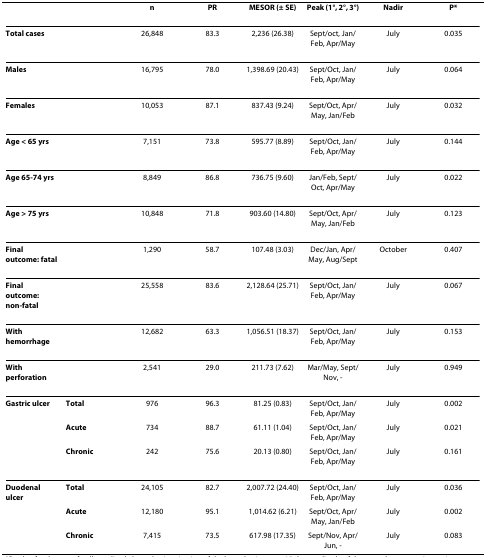
<table><thead><tr><td></td><td></td><td><b>n</b></td><td><b>PR</b></td><td><b>MESOR (± SE)</b></td><td><b>Peak (1°, 2°, 3°)</b></td><td><b>Nadir</b></td><td><b>P*</b></td></tr></thead><tbody><tr><td><b>Total cases</b></td><td></td><td>26,848</td><td>83.3</td><td>2,236 (26.38)</td><td>Sept/oct, Jan/Feb, Apr/May</td><td>July</td><td>0.035</td></tr><tr><td><b>Males</b></td><td></td><td>16,795</td><td>78.0</td><td>1,398.69 (20.43)</td><td>Sept/Oct, Jan/Feb, Apr/May</td><td>July</td><td>0.064</td></tr><tr><td><b>Females</b></td><td></td><td>10,053</td><td>87.1</td><td>837.43 (9.24)</td><td>Sept/Oct, Apr/May, Jan/Feb</td><td>July</td><td>0.032</td></tr><tr><td><b>Age &lt; 65 yrs</b></td><td></td><td>7,151</td><td>73.8</td><td>595.77 (8.89)</td><td>Sept/Oct, Jan/Feb, Apr/May</td><td>July</td><td>0.144</td></tr><tr><td><b>Age 65-74 yrs</b></td><td></td><td>8,849</td><td>86.8</td><td>736.75 (9.60)</td><td>Jan/Feb, Sept/Oct, Apr/May</td><td>July</td><td>0.022</td></tr><tr><td><b>Age &gt; 75 yrs</b></td><td></td><td>10,848</td><td>71.8</td><td>903.60 (14.80)</td><td>Sept/Oct, Apr/May, Jan/Feb</td><td>July</td><td>0.123</td></tr><tr><td><b>Final outcome: fatal</b></td><td></td><td>1,290</td><td>58.7</td><td>107.48 (3.03)</td><td>Dec/Jan, Apr/May, Aug/Sept</td><td>October</td><td>0.407</td></tr><tr><td><b>Final outcome: non-fatal</b></td><td></td><td>25,558</td><td>83.6</td><td>2,128.64 (25.71)</td><td>Sept/Oct, Jan/Feb, Apr/May</td><td>July</td><td>0.067</td></tr><tr><td><b>With hemorrhage</b></td><td></td><td>12,682</td><td>63.3</td><td>1,056.51 (18.37)</td><td>Sept/Oct, Jan/Feb, Apr/May</td><td>July</td><td>0.153</td></tr><tr><td><b>With perforation</b></td><td></td><td>2,541</td><td>29.0</td><td>211.73 (7.62)</td><td>Mar/May, Sept/Nov, -</td><td>July</td><td>0.949</td></tr><tr><td><b>Gastric ulcer</b></td><td><b><i>Total</i></b></td><td>976</td><td>96.3</td><td>81.25 (0.83)</td><td>Sept/Oct, Jan/Feb, Apr/May</td><td>July</td><td>0.002</td></tr><tr><td></td><td><b><i>Acute</i></b></td><td>734</td><td>88.7</td><td>61.11 (1.04)</td><td>Sept/Oct, Jan/Feb, Apr/May</td><td>July</td><td>0.021</td></tr><tr><td></td><td><b><i>Chronic</i></b></td><td>242</td><td>75.6</td><td>20.13 (0.80)</td><td>Sept/Oct, Jan/Feb, Apr/May</td><td>July</td><td>0.161</td></tr><tr><td><b>Duodenal ulcer</b></td><td><b><i>Total</i></b></td><td>24,105</td><td>82.7</td><td>2,007.72 (24.40)</td><td>Sept/Oct, Jan/Feb, Apr/May</td><td>July</td><td>0.036</td></tr><tr><td></td><td><b><i>Acute</i></b></td><td>12,180</td><td>95.1</td><td>1,014.62 (6.21)</td><td>Sept/Oct, Apr/May, Jan/Feb</td><td>July</td><td>0.002</td></tr><tr><td></td><td><b><i>Chronic</i></b></td><td>7,415</td><td>73.5</td><td>617.98 (17.35)</td><td>Sept/Nov, Apr/Jun, -</td><td>July</td><td>0.083</td></tr></tbody></table>